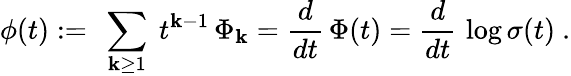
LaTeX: \phi(t):=\ \sum_{\mathbf{k}\ge1}\ t^{\mathbf{k}-1}\, \Phi_{\mathbf{k}}={\frac{{d}}{{dt}}}\, \Phi(t)={\frac{{d}}{{dt}}}\, \log\sigma(t)\ .